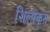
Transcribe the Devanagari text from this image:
शिल्पकृत